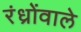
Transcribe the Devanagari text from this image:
रंध्रोंवाले